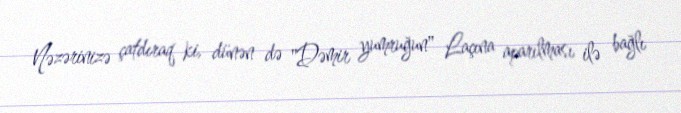
Nəzərinizə çatdıraq ki, dünən də "Dəmir yumruğun" Laçına aparılması ilə bağlı